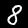
Label: 8